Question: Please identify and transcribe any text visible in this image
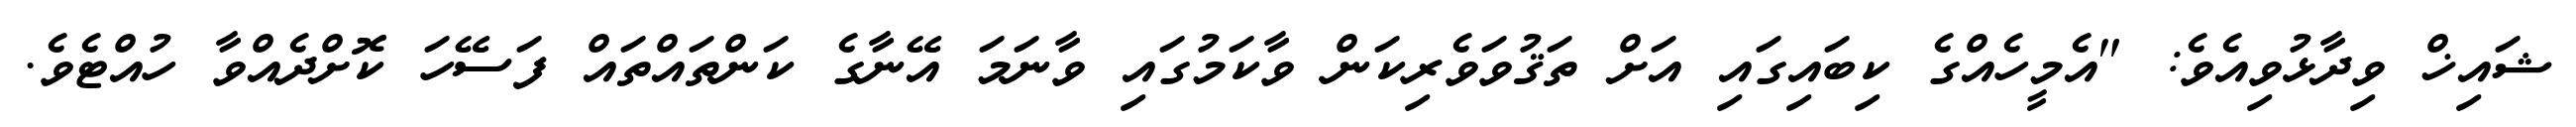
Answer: ޝައިޚް ވިދާޅުވިއެވެ: "އެމީހެއްގެ ކިބައިގައި އަށް ތަޤުވަވެރިކަން ވާކަމުގައި ވާނަމަ އޭނާގެ ކަންތައްތައް ފަސޭހަ ކޮށްދެއްވާ ހުއްޓެވެ.